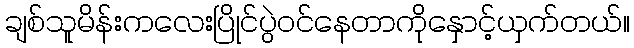
ချစ်သူမိန်းကလေးပြိုင်ပွဲဝင်နေတာကိုနှောင့်ယှက်တယ်။